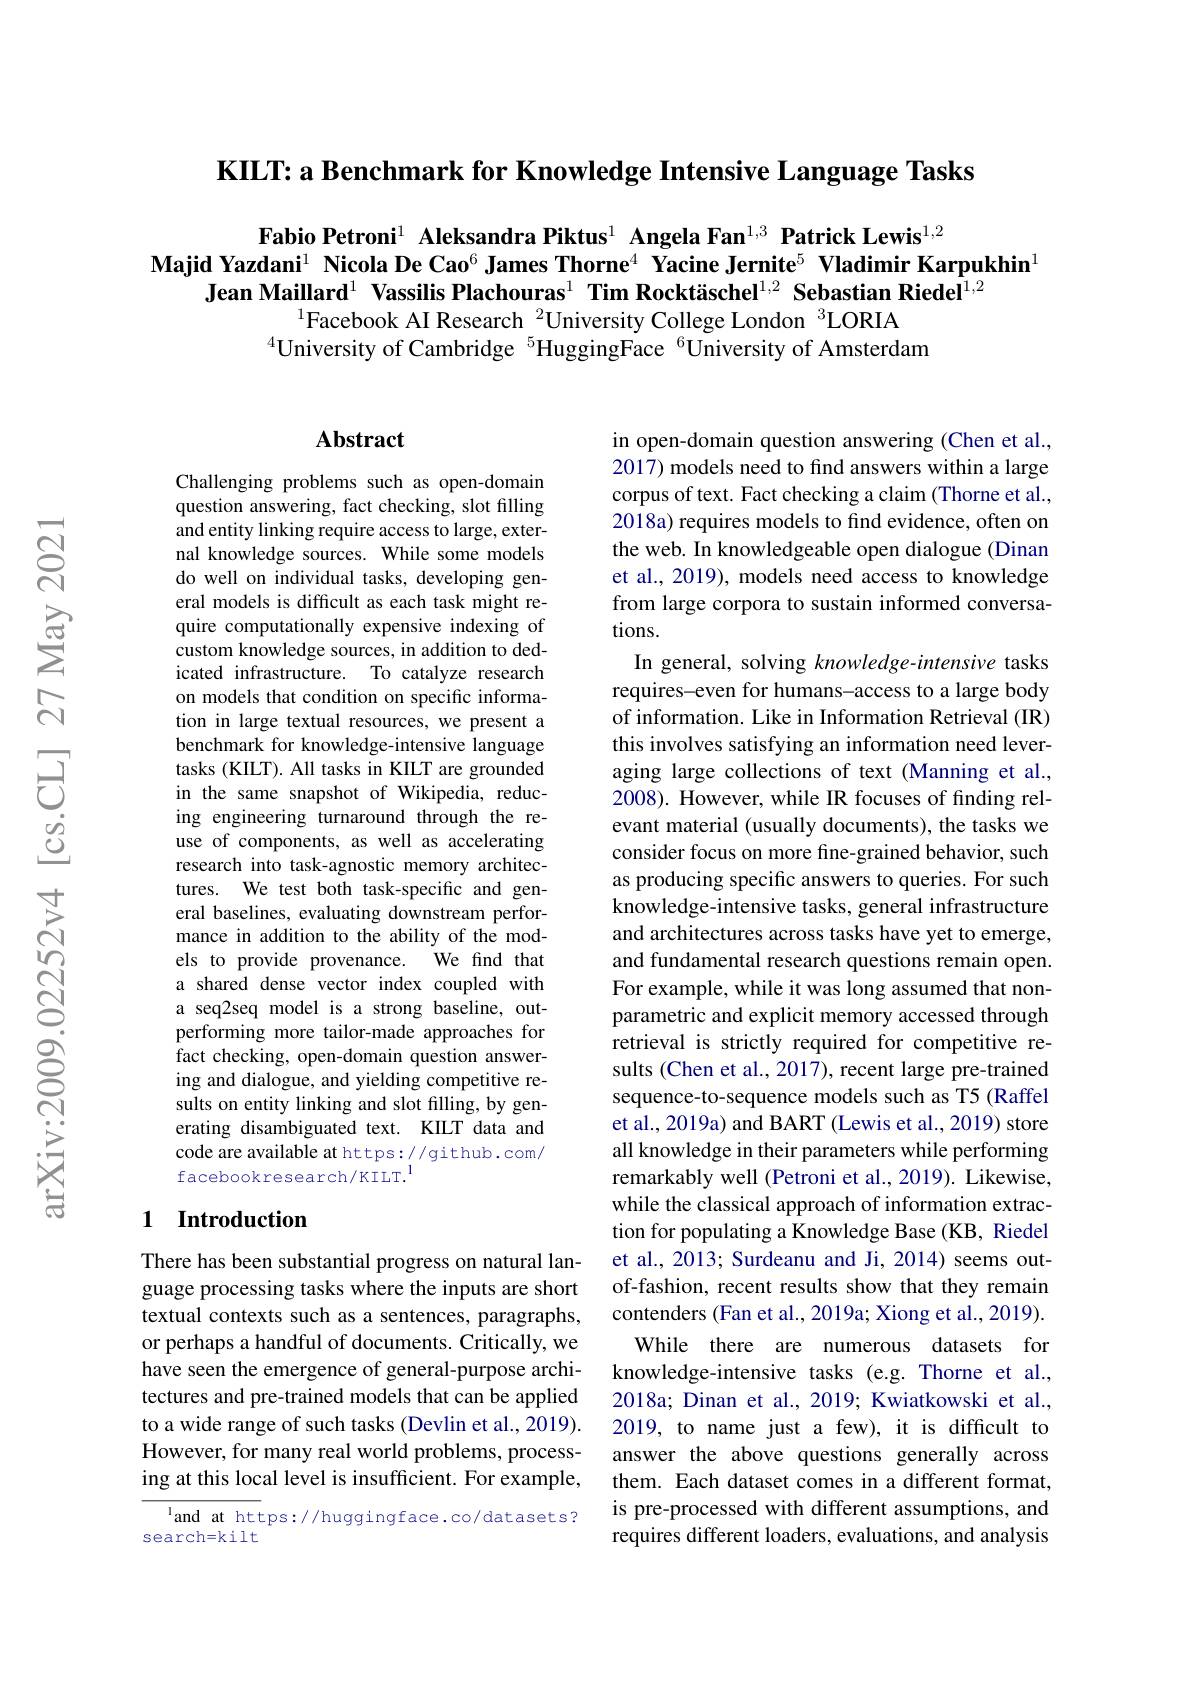
KILT: a Benchmark for Knowledge Intensive Language Tasks

Fabio Petroni$^{1}$ Aleksandra Piktus$^{1}$ Angela Fan$^{1,3}$ Patrick Lewis$^{1,2}$
Majid Yazdani$^{1}$ Nicola De Cao$^{6}$ James Thorne$^{4}$ Yacine Jernite$^{5}$ Vladimir Karpukhin$^{1}$
Jean Maillard$^{1}$ Vassilis Plachouras$^1\textbf{Tim Rocktäschel}^{1,2}\textbf{ Sebastian Riedel}^{1,2}$
$^{1}$Facebook AI Research $^{2}$University College London $^{3}$LORIA
$^{4}$University of Cambridge $^{5}$HuggingFace $^{6}$University of Amsterdam

### $\mathbf{Abstract}$

Challenging problems such as open-domain question answering, fact checking, slot filling and entity linking require access to large, external knowledge sources. While some models do well on individual tasks, developing general models is difficult as each task might require computationally expensive indexing of custom knowledge sources, in addition to dedicated infrastructure. To catalyze research on models that condition on specific information in large textual resources, we present a benchmark for knowledge-intensive language tasks (KILT). All tasks in KILT are grounded in the same snapshot of Wikipedia, reducing engineering turnaround through the reuse of components, as well as accelerating research into task-agnostic memory architectures. We test both task-specific and general baselines, evaluating downstream performance in addition to the ability of the models to provide provenance. We find that a shared dense vector index coupled with a seq2seq model is a strong baseline, outperforming more tailor-made approaches for fact checking, open-domain question answering and dialogue, and yielding competitive results on entity linking and slot filling, by generating disambiguated text. KILT data and code are available at https://github.com/ facebookresearch/KILT.$^{1}$

in open-domain question answering (Chen et al., 2017) models need to find answers within a large corpus of text. Fact checking a claim (Thorne et al., 2018a) requires models to find evidence, often on the web. In knowledgeable open dialogue (Dinan et al., 2019), models need access to knowledge from large corpora to sustain informed conversations.
In general, solving knowledge-intensive tasks requires-even for humans-access to a large body of information. Like in Information Retrieval (IR) this involves satisfying an information need leveraging large collections of text (Manning et al., 2008). However, while IR focuses of finding relevant material (usually documents), the tasks we consider focus on more fine-grained behavior, such as producing specific answers to queries. For such knowledge-intensive tasks, general infrastructure and architectures across tasks have yet to emerge, and fundamental research questions remain open. For example, while it was long assumed that nonparametric and explicit memory accessed through retrieval is strictly required for competitive results (Chen et al., 2017), recent large pre-trained sequence-to-sequence models such as T5 (Raffel et al., 2019a) and BART (Lewis et al., 2019) store all knowledge in their parameters while performing remarkably well (Petroni et al., 2019). Likewise, while the classical approach of information extraction for populating a Knowledge Base (KB, Riedel et al., 2013; Surdeanu and Ji, 2014) seems outof-fashion, recent results show that they remain contenders (Fan et al., 2019a; Xiong et al., 2019)
While there are numerous datasets for knowledge-intensive tasks (e.g. Thorne et al., 2018a; Dinan et al., 2019; Kwiatkowski et al., 2019, to name just a few), it is difficult to answer the above questions generally across them. Each dataset comes in a different format, is pre-processed with different assumptions, and requires different loaders, evaluations, and analysis

## 1 Introduction

There has been substantial progress on natural language processing tasks where the inputs are short textual contexts such as a sentences, paragraphs, or perhaps a handful of documents. Critically, we have seen the emergence of general-purpose architectures and pre-trained models that can be applied to a wide range of such tasks (Devlin et al., 2019). However, for many real world problems, processing at this local level is insufficient. For example,

$^{1}$and at https://huggingface.co/datasets?
search=kilt